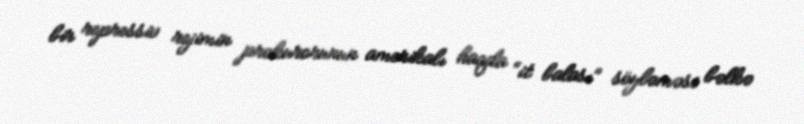
bir repressiv rejimin prokurorunun amerikalı haqda “it balası” söyləməsi bəlkə